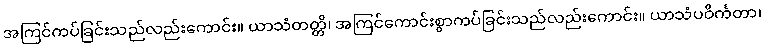
အကြင်ကပ်ခြင်းသည်လည်းကောင်း။ ယာသံတတ္တိ၊ အကြင်ကောင်းစွာကပ်ခြင်းသည်လည်းကောင်း။ ယာသံပဝိင်္ကတာ၊